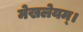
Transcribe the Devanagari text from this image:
मेखलेयम्।